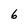
Character: 6